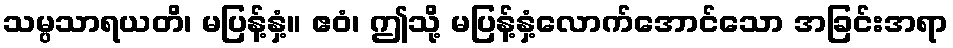
သမ္ပသာရယတိ၊ မပြန့်နှံ့။ ဧဝံ၊ ဤသို့ မပြန့်နှံ့လောက်အောင်သော အခြင်းအရာ